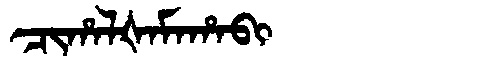
Manchu: ᠴᡳᡥᠠᠯᡧᠠᠮᠠᡥᠠᠪᡳ
Romanization: CIHALŠAMAHABI